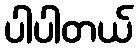
ပါပါတယ်